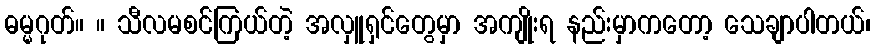
ဓမ္မဂုတ်။ ။ သီလမစင်ကြယ်တဲ့ အလှူရှင်တွေမှာ အကျိုးရ နည်းမှာကတော့ သေချာပါတယ်၊